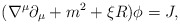
\begin{align*} (\nabla^{\mu}\partial_{\mu}+m^2 +\xi R)\phi=J ,\end{align*}